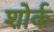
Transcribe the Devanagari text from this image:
शोर्क